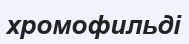
хромофильді